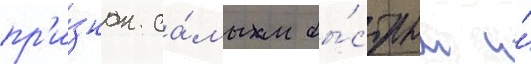
пр'и́знан са́мым бы́стрым и́